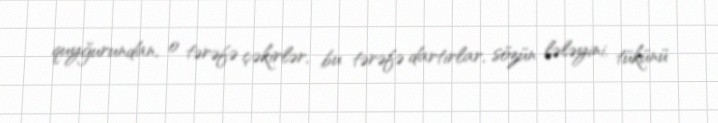
quyğurundan, o tərəfə çəkirlər, bu tərəfə dartırlar, sözün lələyini, tükünü